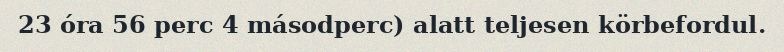
23 óra 56 perc 4 másodperc) alatt teljesen körbefordul.